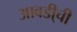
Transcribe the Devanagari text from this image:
आवडी्ची